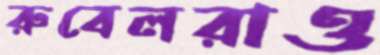
রুবেলরাও